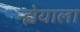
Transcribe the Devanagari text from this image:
न्ह्येयाला